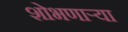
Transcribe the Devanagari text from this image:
शोभणाऱ्या